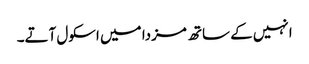
انہیں کے ساتھ مزدا میں اسکول آتے۔